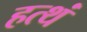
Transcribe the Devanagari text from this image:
हत्थं